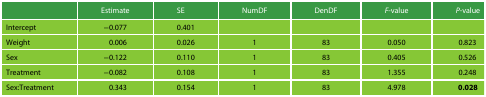
<table><thead><tr><td></td><td><b>Estimate</b></td><td><b>SE</b></td><td><b>NumDF</b></td><td><b>DenDF</b></td><td><b><i>F</i>-value</b></td><td><b><i>P</i>-value</b></td></tr></thead><tbody><tr><td>Intercept</td><td>−0.077</td><td>0.401</td><td></td><td></td><td></td><td></td></tr><tr><td>Weight</td><td>0.006</td><td>0.026</td><td>1</td><td>83</td><td>0.050</td><td>0.823</td></tr><tr><td>Sex</td><td>−0.122</td><td>0.110</td><td>1</td><td>83</td><td>0.405</td><td>0.526</td></tr><tr><td>Treatment</td><td>−0.082</td><td>0.108</td><td>1</td><td>83</td><td>1.355</td><td>0.248</td></tr><tr><td>Sex:Treatment</td><td>0.343</td><td>0.154</td><td>1</td><td>83</td><td>4.978</td><td><b>0.028</b></td></tr></tbody></table>